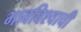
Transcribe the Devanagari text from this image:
भावविश्वाची